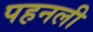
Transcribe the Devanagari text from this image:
पहनली